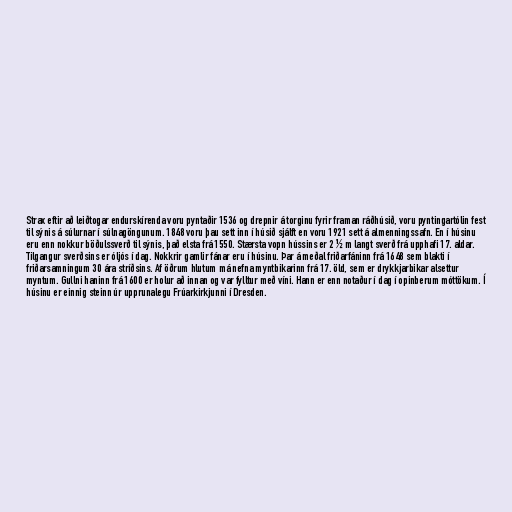
Strax eftir að leiðtogar endurskírenda voru pyntaðir 1536 og drepnir á torginu fyrir framan ráðhúsið, voru pyntingartólin fest
til sýnis á súlurnar í súlnagöngunum. 1848 voru þau sett inn í húsið sjálft en voru 1921 sett á almenningssafn. En í húsinu
eru enn nokkur böðulssverð til sýnis, það elsta frá 1550. Stærsta vopn hússins er 2 ½ m langt sverð frá upphafi 17. aldar.
Tilgangur sverðsins er óljós í dag. Nokkrir gamlir fánar eru í húsinu. Þar á meðal friðarfáninn frá 1648 sem blakti í
friðarsamningum 30 ára stríðsins. Af öðrum hlutum má nefna myntbikarinn frá 17. öld, sem er drykkjarbikar alsettur
myntum. Gullni haninn frá 1600 er holur að innan og var fylltur með víni. Hann er enn notaður í dag í opinberum móttökum. Í
húsinu er einnig steinn úr upprunalegu Frúarkirkjunni í Dresden.